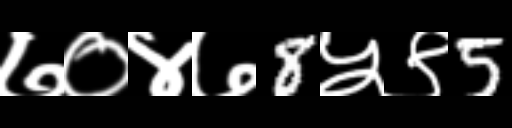
Text: ७०४७8५९5